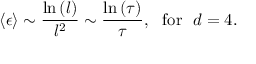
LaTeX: \langle \epsilon \rangle \sim \frac { \ln \left( l \right) } { l ^ { 2 } } \sim \frac { \ln \left( \tau \right) } { \tau } , ~ ~ \mathrm { f o r } ~ ~ d = 4 .